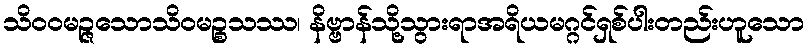
သိဝဝမဉ္ဇသောသိဝမဉ္စသဿ၊ နိဗ္ဗာန်သို့သွားရာအရိယမဂ္ဂင်ရှစ်ပါးတည်းဟူသော